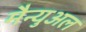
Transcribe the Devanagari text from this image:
मैन्‍युअल